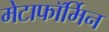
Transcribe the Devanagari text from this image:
मेटाफॉर्मिन